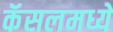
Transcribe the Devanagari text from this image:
कॅसलमध्ये